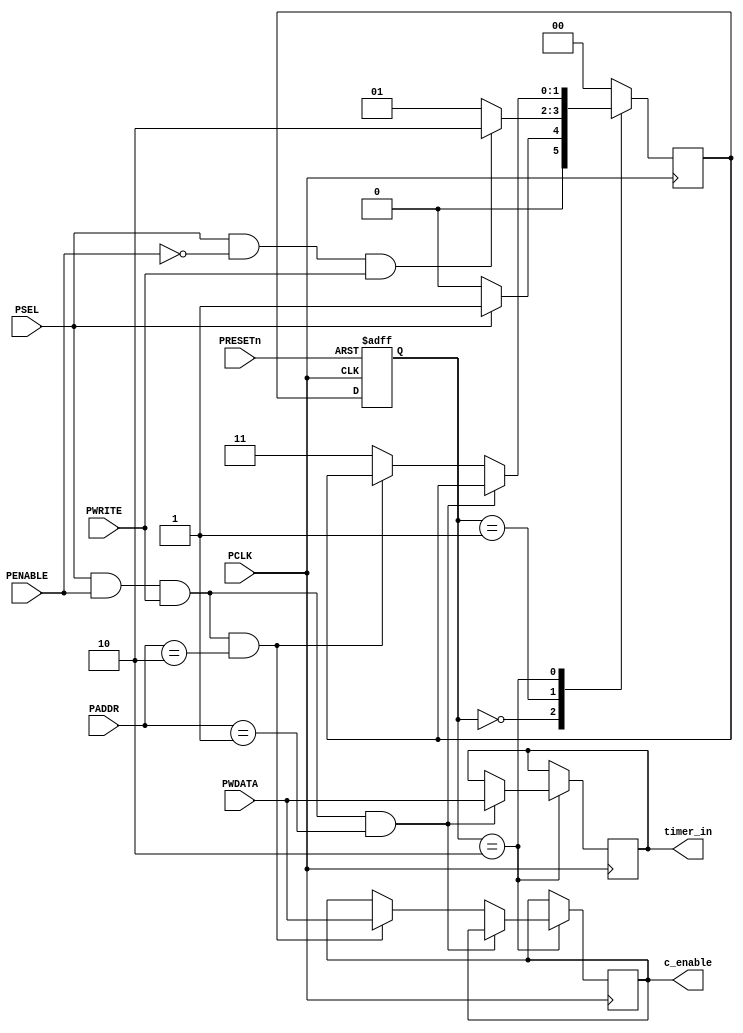
`timescale 1ns / 1ps
//////////////////////////////////////////////////////////////////////////////////
// Company:
// Engineer:
//
// Design Name:
// Module Name:    APB
// Project Name:
// Target Devices:
// Tool versions:
// Description:
//
// Dependencies:
//
// Revision:
// Revision 0.01 - File Created
// Additional Comments:
//
//////////////////////////////////////////////////////////////////////////////////
module APB(
input PRESETn,
input PCLK,
input PENABLE,
input PSEL,
input PWRITE,
input [7:0] PWDATA,
input [1:0]PADDR,


output reg  [7:0] timer_in,
output reg [7:0] c_enable
); 

 
parameter idle=2'b00,setup=2'b01,write=2'b10,read=2'b11;
reg[1:0] next_state,current_state;
reg out1;
always@(posedge PCLK,negedge PRESETn)

begin
if(!PRESETn)
begin
current_state<=idle;
end
else
begin
current_state<=next_state;
end
end


always@(posedge PCLK)begin
case(current_state)

idle:
begin
if(PSEL)
begin
next_state<=setup;
end
else
begin
next_state<=idle;
end
end

setup:
begin
if(PSEL == 1'b1 && PENABLE ==1'b0 && PWRITE == 1'b1)
begin
next_state<=write;
end
else
begin
next_state<=setup;
end
end


write:
begin
if(PSEL == 1'b1 && PENABLE == 1'b1 && PWRITE==1'b1 && PADDR == 2'd1)
begin
timer_in = PWDATA;
end
else if(PSEL == 1'b1 && PENABLE == 1'b1 && PWRITE==1'b1 && PADDR == 2'd2)
begin
c_enable = PWDATA;
end
else
begin
next_state <= read;
end
end



default:
begin
next_state<=idle; 
end

endcase
end

endmodule